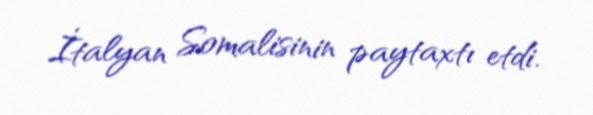
İtalyan Somalisinin paytaxtı etdi.